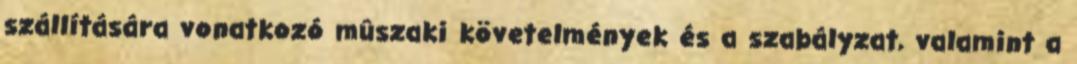
szállítására vonatkozó mûszaki követelmények és a szabályzat, valamint a